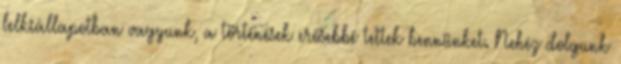
lelkiállapotban vagyunk, a történések erősebbé tettek bennünket. Nehéz dolgunk